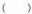
( )